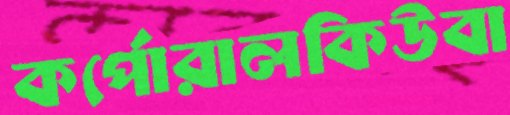
কর্পোরালকিউবা